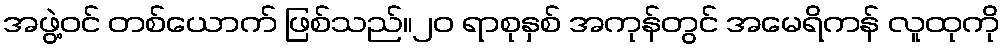
အဖွဲ့ဝင် တစ်ယောက် ဖြစ်သည်။၂၀ ရာစုနှစ် အကုန်တွင် အမေရိကန် လူထုကို